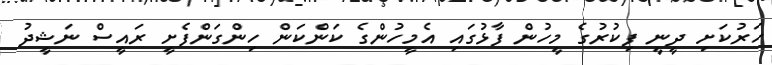
ހަރުކަށި ދީނީ ފިކުރުގެ މީހުން ފާޅުގައި އެމީހުންގެ ކަންކަން ހިންގަންފެށީ ރައީސް ނަޝީދު